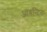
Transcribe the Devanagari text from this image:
आबन्टित